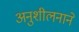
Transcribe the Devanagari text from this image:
अनुशीलनाने